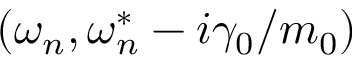
( \omega _ { n } , \omega _ { n } ^ { * } - i \gamma _ { 0 } / m _ { 0 } )